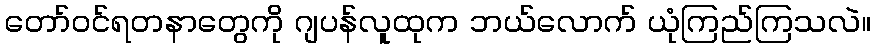
တော်ဝင်ရတနာတွေကို ဂျပန်လူထုက ဘယ်လောက် ယုံကြည်ကြသလဲ။